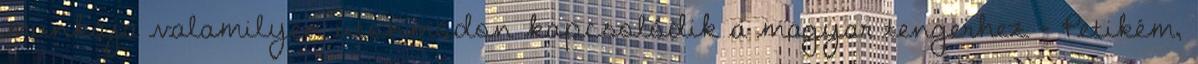
munkája valamilyen útonmódon kapcsolódik a magyar tengerhez – Petikém,